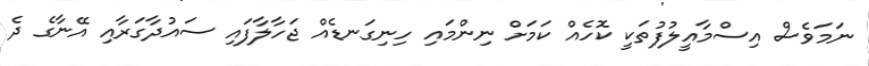
ނަމަވެސް އިސްމާއީލުފުތަކީ ކޮހެއް ކަމަށް ނިންމައި ހިނިގަނޑެއް ޖަހާލާފައި ސައުދާގަރާއި އޭނާގެ ދެ